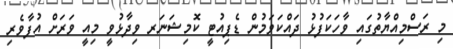
މި ރަސްމިއްޔާތުގައި ވާހަކަފުޅު ދައްކަވަމުން ޑެޕިއުޓީ ކޮމިޝަނަރ ވިދާޅުވީ މިއީ ވަރަށް އުފާވެރި